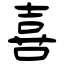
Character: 喜